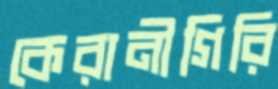
কেরানীগিরি